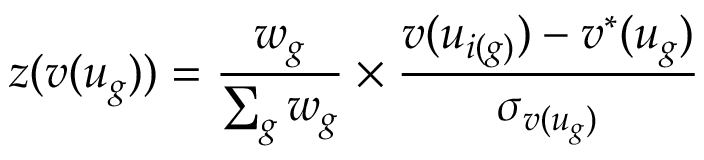
z ( v ( u _ { g } ) ) = \frac { w _ { g } } { \sum _ { g } w _ { g } } \times \frac { v ( u _ { i ( g ) } ) - v ^ { * } ( u _ { g } ) } { \sigma _ { v ( u _ { g } ) } }